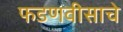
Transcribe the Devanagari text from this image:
फडणवीसाचे